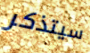
سيتذكر